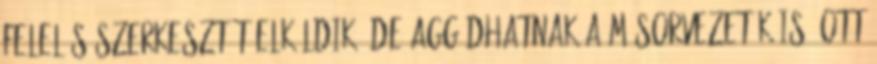
felelős szerkesztőt elküldik, de aggódhatnak a műsorvezetők is, ott